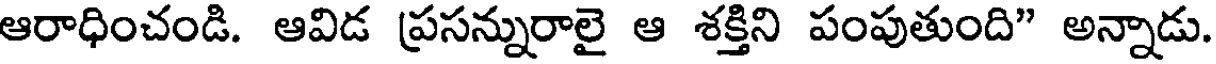
ఆరాధించండి. ఆవిడ ప్రసన్నురాలై ఆ శక్తిని పంపుతుంది" అన్నాడు.